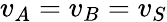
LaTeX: v_{A}=v_{B}=v_{S}